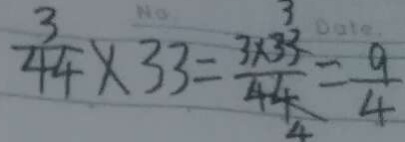
\frac { 3 } { 4 4 } \times 3 3 = \frac { 3 \times 3 3 } { 4 4 } = \frac { 9 } { 4 }